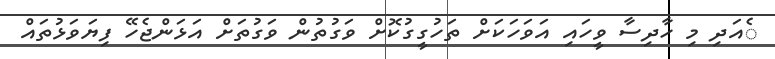
ެއަދި މި ހާދިސާ ވީހައި އަވަހަކަށް ތަހުގީގުކޮށް ވަގުތުން ވަގުތަށް އަޅަންޖެހޭ ފިޔަވަޅުތައް